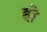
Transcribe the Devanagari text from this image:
होे